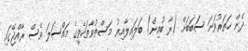
ދެން ހަތަރުވަނަ ސަބަބަށް (ރާ ބުއިން) ބަލައިލާއިރު މަސްތުވާތަކެތީގެ މައްސަލަ ވެސް ރާއްޖޭގައި